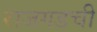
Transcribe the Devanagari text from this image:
राजगडची